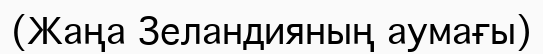
(Жаңа Зеландияның аумағы)